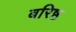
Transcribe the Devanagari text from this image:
बरिष्ठ